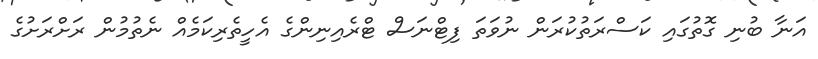
އަނާ ބުނި ގޮތުގައި ކަސްރަތުކުރަން ނުވަތަ ފިޓްނަސް ޓްރެއިނިންގެ އެހީތެރިކަމެއް ނެތުމުން ރަށްރަށުގެ